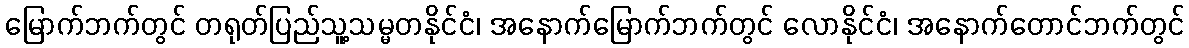
မြောက်ဘက်တွင် တရုတ်ပြည်သူ့သမ္မတနိုင်ငံ၊ အနောက်မြောက်ဘက်တွင် လောနိုင်ငံ၊ အနောက်တောင်ဘက်တွင်